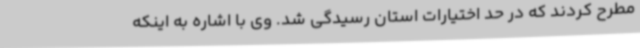
مطرح کردند که در حد اختیارات استان رسیدگی شد. وی با اشاره به اینکه